Mobilization store table India
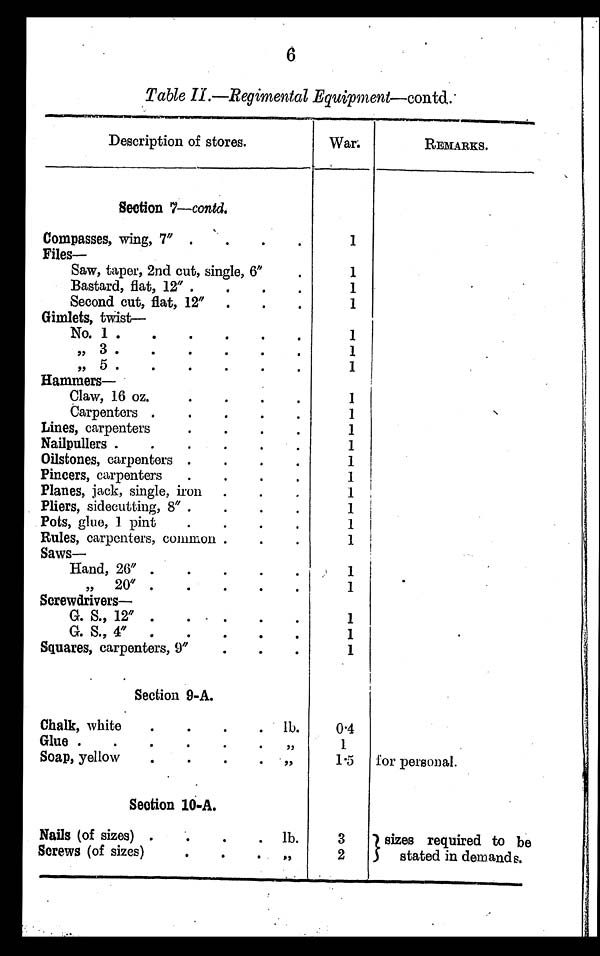
6
Table II—Regimental Equipment —contd.
Description of stores.
War.
REMARKS.
Section 7—contd.
Compasses, wing, 7" .
.
.
.
Files—
1
Saw, taper, 2nd cut, single, 6"
.
1
Bastard, flat, 12" .
.
.
.
1
Second cut, flat, 12". . . .
1
Gimlets, twist—
No. 1 .
.
.
.
.
.
1
,, 3
. . . . . .
1
, , 5
. . . . . .
1
Hammers—
Claw, 16 oz.
. . . .
1
Carpenters .
.
.
.
.
1
Lines, carpenters
.
.
.
.
1
Nailpullers .
.
.
.
.
.
1
Oilstones, carpenters .
.
.
.
1
Pincers, carpenters
.
.
.
.
1
Planes, jack, single, iron .
.
.
1
Pliers, sidecutting, 8" .
.
.
.
1
Pots, glue, 1. pint
.
.
.
.
1
Rules, carpenters, common .
.
.
Saws—
1
Hand, 26" .
.
.
.
1
„ 20".
.
.
.
1
Screwdrivers—
G. S., 12" .
.
.
.
.
1
G.S., 4" .
.
. . .
1
Squares, carpenters, 9"
.
.
.
1
Section 9-A.
Chalk, white
.
.
.
. . lb.
0 . 4
Glue .
.
.
.
.
. ,,
1
Soap, yellow
.
. .
.
1 . 5
for personal.
Section 10-A.
Nails (of sizes) .
. . . l b .
3
sizes required to be
stated in demands.
Screws (of sizes)
. . . , ,
2